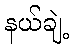
နယ်ချဲ့